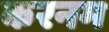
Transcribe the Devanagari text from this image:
करनम